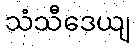
သံသီဒေယျ